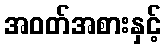
အဝတ်အစားနှင့်